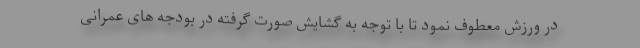
در ورزش معطوف نمود تا با توجه به گشایش صورت گرفته در بودجه های عمرانی